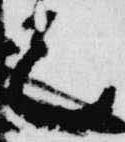
巳